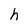
Character: h